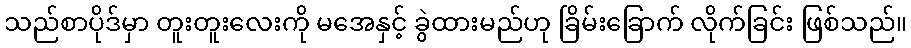
သည်စာပိုဒ်မှာ တူးတူးလေးကို မအေနှင့် ခွဲထားမည်ဟု ခြိမ်းခြောက် လိုက်ခြင်း ဖြစ်သည်။